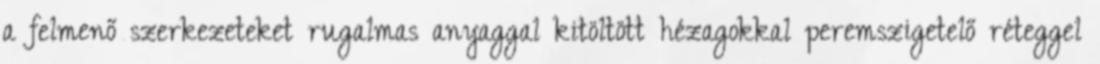
a felmenő szerkezeteket rugalmas anyaggal kitöltött hézagokkal peremszigetelő réteggel